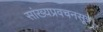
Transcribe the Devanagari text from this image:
सांख्यप्रवचनसूत्र।